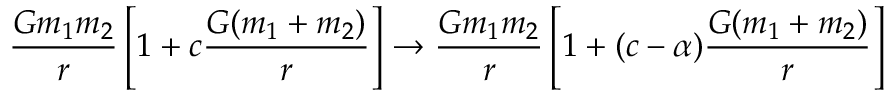
\frac { G m _ { 1 } m _ { 2 } } { r } \left[ 1 + c \frac { G ( m _ { 1 } + m _ { 2 } ) } { r } \right] \rightarrow \frac { G m _ { 1 } m _ { 2 } } { r } \left[ 1 + ( c - \alpha ) \frac { G ( m _ { 1 } + m _ { 2 } ) } { r } \right]